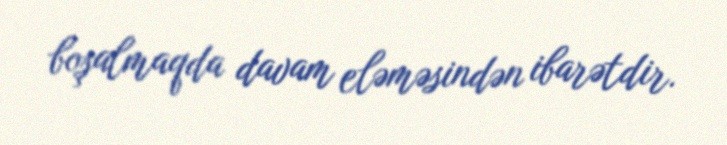
boşalmaqda davam eləməsindən ibarətdir.